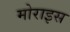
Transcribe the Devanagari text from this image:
मोराइस